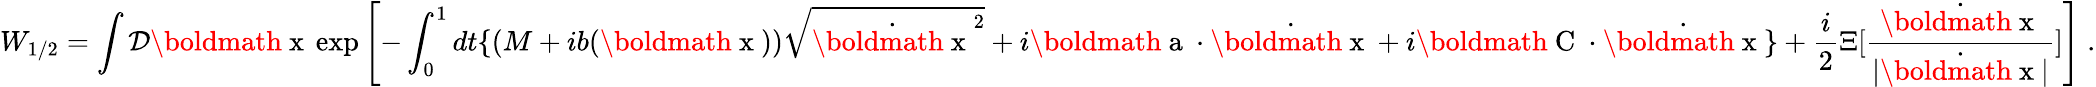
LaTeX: W_{1/2}=\int{\cal D}{\mathrm{\boldmath~x~}}\exp\left[-\int_{0}^{1}dt\{ \left(M+ib({\mathrm{\boldmath~x~}})\right)\sqrt{\dot{{\mathrm{\boldmath~x~}}}^{2}}+i{\mathrm{\boldmath~a~}}\cdot\dot{\mathrm{\boldmath~x~}}+i{\mathrm{\boldmath~C~}}\cdot\dot{\mathrm{\boldmath~x~}}\} +\frac{i}{2}\Xi[\frac{\dot{{\mathrm{\boldmath~x~}}}}{|\dot{{\mathrm{\boldmath~x~}}}|}]\right]\; .